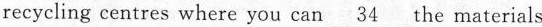
recycling centres where you can \underline{34} the materials y